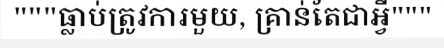
"""ធ្លាប់ត្រូវការមួយ, គ្រាន់តែជាអ្វី"""